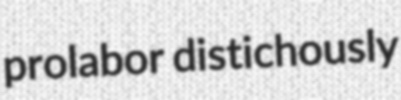
prolabor distichously